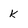
Character: k